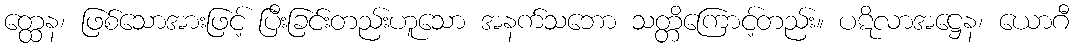
တ္ထေန၊ ဖြစ်သောအားဖြင့် ပြီးခြင်းတည်းဟူသော အနက်သဘော သတ္တိကြောင့်တည်း။ ပဋိလာအဋ္ဌေန၊ ယောဂီ